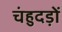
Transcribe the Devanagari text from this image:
चंहुदड़ों